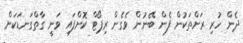
ދެން ހުރި ރަށްތަކުން ފެން ބޭނުން ވެގެން ރިޕޯޓް ކޮށްފައި ވަނީ ގާތްގަނޑަކަށް